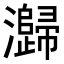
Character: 𭳶